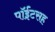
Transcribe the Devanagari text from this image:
पॉईंटसह